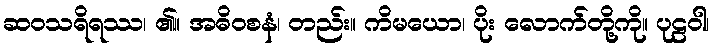
ဆဝသရိရဿ၊ ၏။ အဓိဝစနံ၊ တည်း။ ကိမယော၊ ပိုး လောက်တို့ကို။ ပုဠဝါ၊